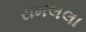
રામલલા